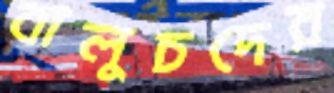
বালুচদের